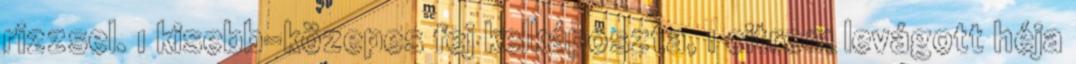
rizzsel. 1 kisebb-közepes fej kelkáposzta, 1 citrom levágott héja